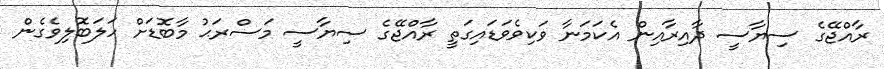
ރާއްޖޭގެ ސިޔާސީ ދާއިރާއިން އެކަމަނާ ވަކިވެވަޑައިގަތީ ރާއްޖޭގެ ސިޔާސީ މަސްރަޙު މާބޮޑަށް ހަލަބޮލިވެގެން